Scientific memoirs by medical officers of the Army of India - Part XII,
Year: 1901
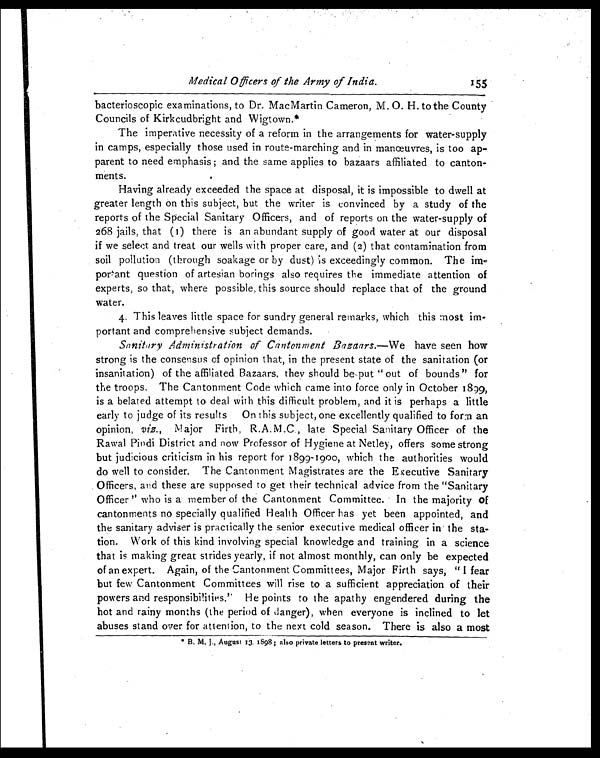
Medical Officers of the Army of India.
155
bacterioscopic examinations, to Dr. MacMartin Cameron, M. O. H. to the County
Councils of Kirkcudbright and Wigtown.*
The imperative necessity of a reform in the arrangements for water-supply
in camps, especially those used in route-marching and in manœuvres, is too ap
-parent to need emphasis; and the same applies to bazaars affiliated to canton
-ments.
Having already exceeded the space at disposal, it is impossible to dwell at
greater length on this subject, but the writer is convinced by a study of the
reports of the Special Sanitary Officers, and of reports on the water-supply of
268 jails, that (1) there is an abundant supply of good water at our disposal
if we select and treat our wells with proper care, and (2) that contamination from
soil pollution (through soakage or by dust) is exceedingly common. The im
-portant question of artesian borings also requires the immediate attention of
experts, so that, where possible, this source should replace that of the ground
water.
4. This leaves little space for sundry general remarks, which this most im
-portant and comprehensive subject demands.
Sanitary Administration of Cantonment Bazaars .—We have seen how
strong is the consensus of opinion that, in the present state of the sanitation (or
insanitation) of the affiliated Bazaars, they should be put out of bounds" for
the troops. The Cantonment Code which came into force only in October 1899,
is a belated attempt to deal with this difficult problem, and it is perhaps a little
early to judge of its results On this subject, one excellently qualified to form an
opinion, viz., Major Firth, R.A.M.C, late Special Sanitary Officer of the
Rawal Pindi District and now Professor of Hygiene at Netley, offers some strong
but judicious criticism in his report for 1899-1900, which the authorities would
do well to consider. The Cantonment Magistrates are the Executive Sanitary
Officers, and these are supposed to get their technical advice from the "Sanitary
Officer" who is a member of the Cantonment Committee. In the majority of
cantonments no specially qualified Health Officer has yet been appointed, and
the sanitary adviser is practically the senior executive medical officer in the sta
- t i o n . W o r k o f t h i s k i n d i n v o l v i n g s p e c i a l k n o w l e d g e a n d t r a i n i n g i n a s c i e n c e
that is making great strides yearly, if not almost monthly, can only be expected
of an expert. Again, of the Cantonment Committees, Major Firth says, "I fear
but few Cantonment Committees will rise to a sufficient appreciation of their
powers and responsibilities." He points to the apathy engendered during the
hot and rainy months (the period of danger), when everyone is inclined to let
abuses stand over for attention, to the next cold season. There is also a most
* B. M. J., August 13. 1898; also private letters to present writer.